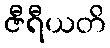
ဇီရီယတိ